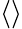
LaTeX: \langle\rangle